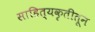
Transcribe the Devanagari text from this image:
साहित्यकृतीतून